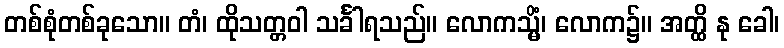
တစ်စုံတစ်ခုသော။ တံ၊ ထိုသတ္တဝါ သင်္ခါရသည်။ လောကသ္မိံ၊ လောက၌။ အတ္ထိ နု ခေါ၊